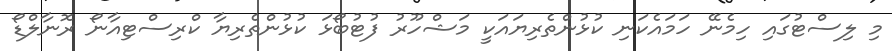
މި ލިސްޓުގައި ހިމެނޭ ހަމައެކަނި ކުޅުންތެރިޔައަކީ މަޝްހޫރު ފުޓުބޯޅަ ކުޅުންތެރިޔާ ކްރިސްޓިއާނޯ ރޮނާލްޑޯ